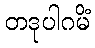
တဒုပါဂမိံ